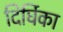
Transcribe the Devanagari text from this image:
दिर्घिका